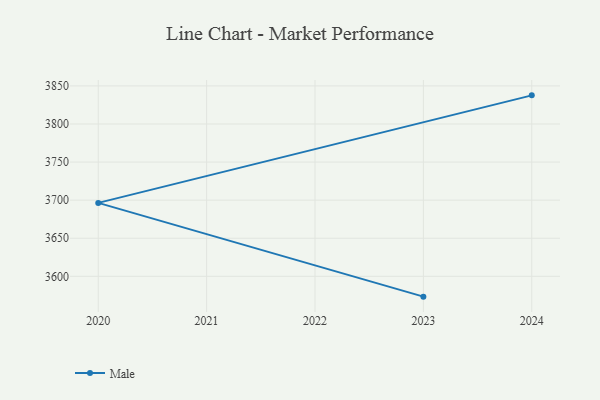
{"axis": {"x": "Year", "y": "Temperature (°C)"}, "legend": ["Male"], "data": [{"x": "2024", "y": 3837.6, "type": "Male"}, {"x": "2020", "y": 3696.4, "type": "Male"}, {"x": "2023", "y": 3573.3, "type": "Male"}]}